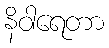
နိဝါရေတာ